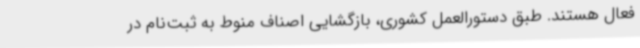
فعال هستند. طبق دستورالعمل کشوری، بازگشایی اصناف منوط به ثبت‌نام در